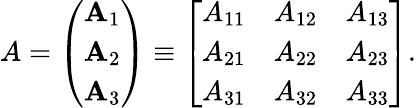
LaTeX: A=\left(\begin{array}{l}{\mathbf{A}_{1}}\\ {\mathbf{A}_{2}}\\ {\mathbf{A}_{3}}\end{array}\right)\equiv\left[\begin{array}{lll}{A_{11}}&{A_{12}}&{A_{13}}\\ {A_{21}}&{A_{22}}&{A_{23}}\\ {A_{31}}&{A_{32}}&{A_{33}}\end{array}\right].